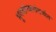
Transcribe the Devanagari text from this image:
भूगर्भाच्यासंदर्भात